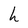
Character: h